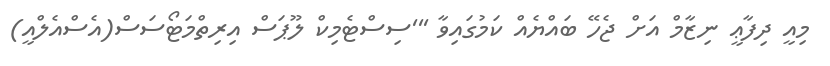
މިއީ ދިފާޢީ ނިޒާމް އަށް ޖެހޭ ބައްޔެއް ކަމުގައިވާ '''ސިސްޓެމިކް ލޫޕަސް އިރިތްމަޓޯސަސް(އެސްއެލްއީ)